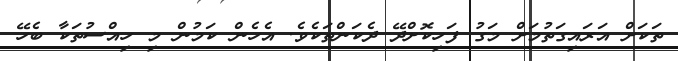
ތަކަށް އަރައިގަތުމަށް މަގު ފަހިކޮށްދޭ ދެކަންތަކެވެ. އެހެން ކަމުން މި ހިއްސުތަކާ ބެހޭ